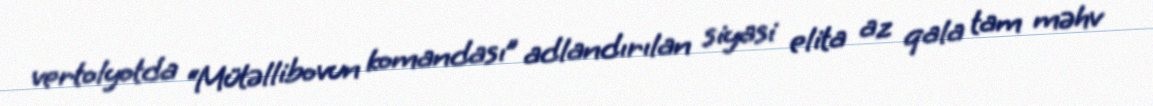
vertolyotda “Mütəllibovun komandası” adlandırılan siyasi elita az qala tam məhv